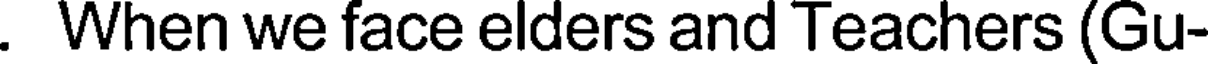
. When we face elders and Teachers (Gu-